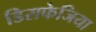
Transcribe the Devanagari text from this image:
डिसफेजिया